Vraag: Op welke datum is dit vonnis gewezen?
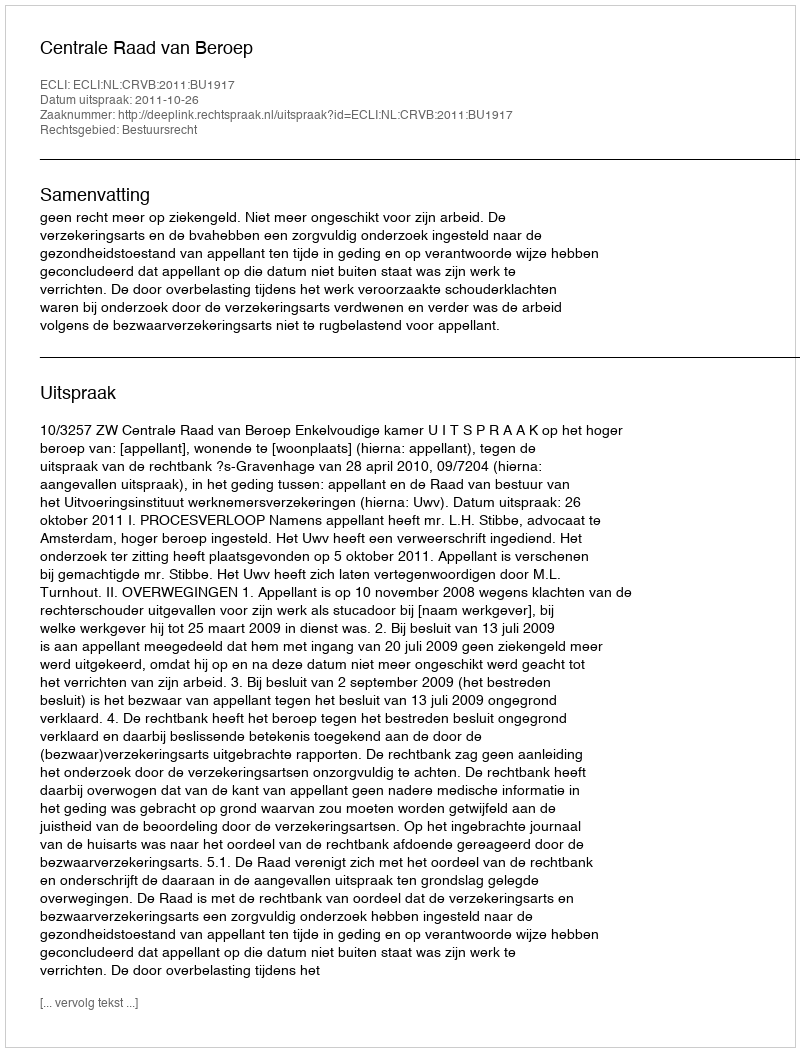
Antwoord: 2011-10-26